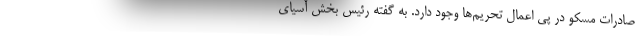
صادرات مسکو در پی اعمال تحریم‌ها وجود دارد. به گفته رئیس بخش آسیای